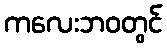
ကလေးဘဝတွင်